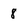
Character: 8